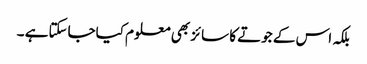
بلکہ اس کے جوتے کا سائز بھی معلوم کیاجاسکتاہے ۔